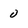
Character: 0